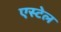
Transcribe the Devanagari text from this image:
एस्टेल